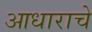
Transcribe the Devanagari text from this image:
आधाराचे